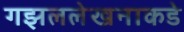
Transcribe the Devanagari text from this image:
गझललेखनाकडे